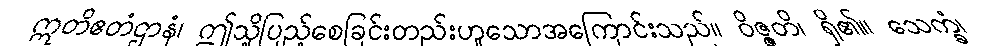
ဣတိဧတံဌာနံ၊ ဤသို့ပြည့်စေခြင်းတည်းဟူသောအကြောင်းသည်။ ဝိဇ္ဇတိ၊ ရှိ၏။ သေက္ခံ၊